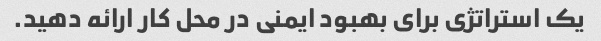
یک استراتژی برای بهبود ایمنی در محل کار ارائه دهید.